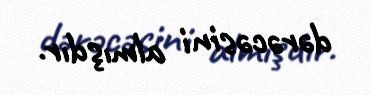
dərəcəsini almışdır.